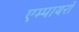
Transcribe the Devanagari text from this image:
एम्पायरों